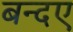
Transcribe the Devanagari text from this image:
बन्दए